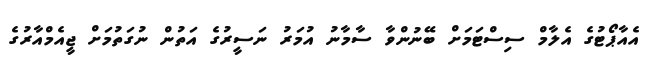
އެއާޕޯޓުގެ އެލާމް ސިސްޓަމަށް ބޭނުންވާ ސާމާނު އުމަރު ނަސީރުގެ އަތުން ނުގަތުމަށް ޖީއެމްއާރުގެ